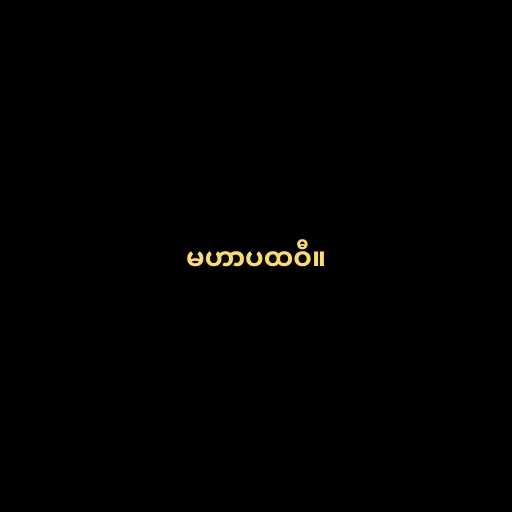
မဟာပထဝီ။